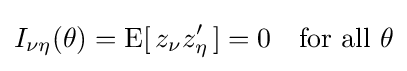
I_{\nu \eta }(\theta )=\operatorname {E} [\,z_{\nu }z_{\eta }'\,]=0\quad {\text{for all }}\theta